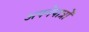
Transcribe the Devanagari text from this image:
अपनेपात्रों